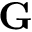
\textbf { G }